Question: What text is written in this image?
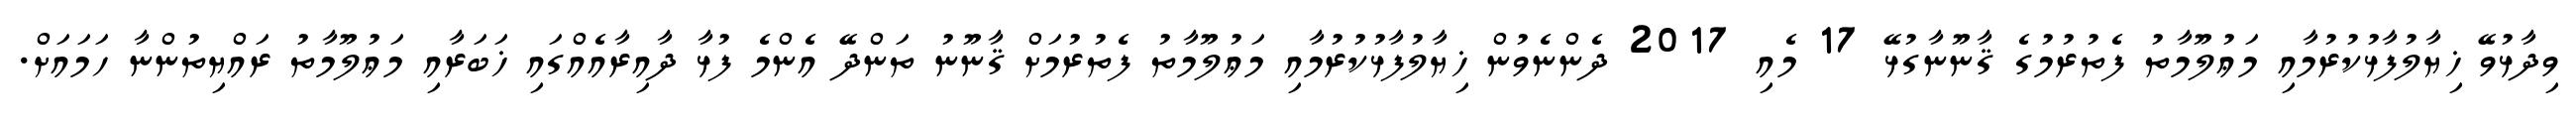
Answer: ވިދާޅުވޭ ޚިޔާލުފާޅުކުރުމާއި މަޢުލޫމާތު ފެތުރުމުގެ ޤާނޫނާގުޅޭ 17 މެއި 2017 ދެންނެވުން ޚިޔާލުފާޅުކުރުމާއި މަޢުލޫމާތު ފެތުރުމަށް ޤާނޫނު ތަންދޭ އެންމެ ފުޅާ ދާއިރާއެއްގައި ޚަބަރާއި މަޢުލޫމާތު ރައްޔިތުންނާ ހަމައަށް.